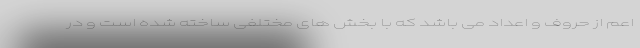
اعم از حروف و اعداد می باشد که با بخش های مختلفی ساخته شده است و در